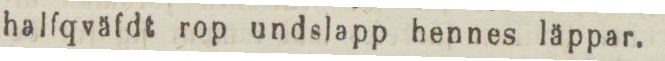
halfqväfdt rop undslapp hennes läppar.